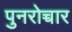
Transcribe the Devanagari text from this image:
पुनरोच्चार